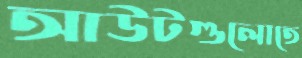
আউটগুলোতে